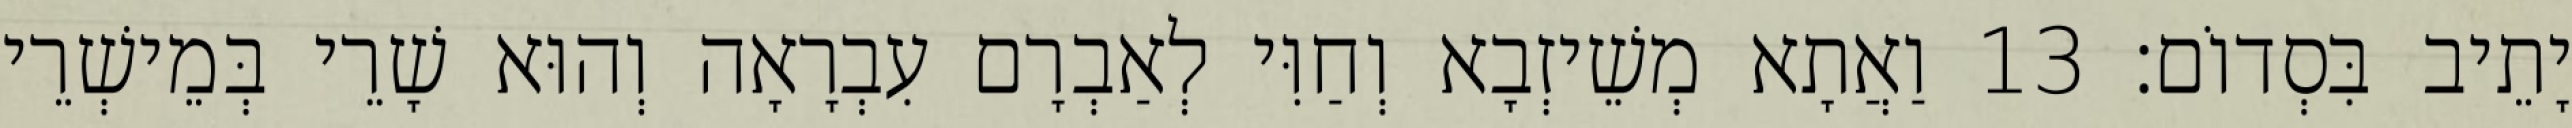
יָתֵיב בִּסְדוֹם׃ 13 וַאֲתָא מְשֵׁיזְבָא וְחַוִּי לְאַבְרָם עִבְרָאָה וְהוּא שָׁרֵי בְּמֵישְׁרֵי